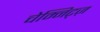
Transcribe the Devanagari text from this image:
चेम्निट्ज़